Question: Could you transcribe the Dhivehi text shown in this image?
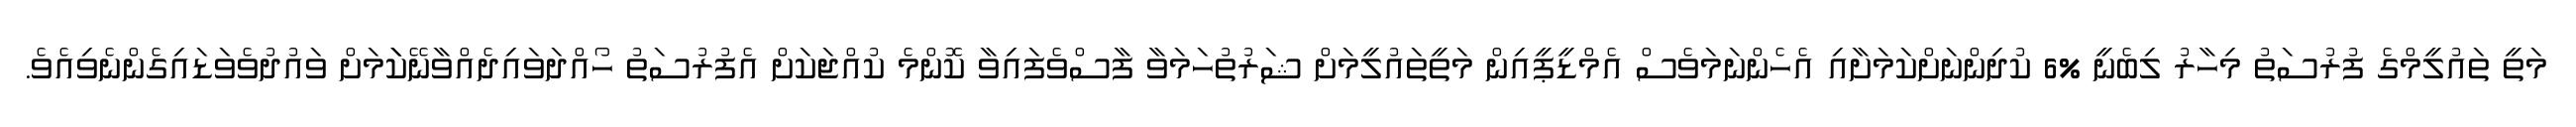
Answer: މަތީ ތައުލީމްގެ ފުރުސަތު މިހާރު ލިބެނީ %6 ކުދިންނަށްކަމަށާއި އެހެންނަމަވެސް އެމްޑީޕީއިން މަތީތައުލީމަށް ޝަރުތުހަމަވާ ފާސްވެފައިވާ ކޮންމެ ކުއްޖަކަށް އެފުރުސަތު ހޯއްދަވައިދެއްވާނޭކަަމަށް ވައުދުވެވަޑައިގެންނެވިއެވެ.